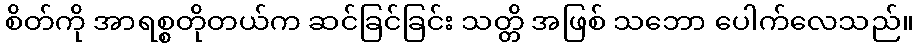
စိတ်ကို အာရစ္စတိုတယ်က ဆင်ခြင်ခြင်း သတ္တိ အဖြစ် သဘော ပေါက်လေသည်။